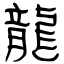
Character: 龍